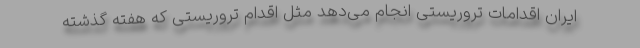
ایران اقدامات تروریستی انجام می‌دهد مثل اقدام تروریستی که هفته گذشته